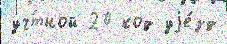
уч́тной 20 код уjе́зд